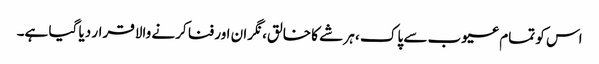
اس کو تمام عیوب سے پاک ، ہر شے کا خالق، نگران اور فنا کرنے والا قرار دیا گیا ہے۔